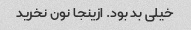
خیلی بد بود. ازینجا نون نخرید